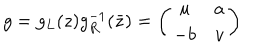
g = g _ { L } ( z ) g _ { R } ^ { - 1 } ( \bar { z } ) = \left( \begin{array} { c c } { { u } } & { { a } } \\ { { - b } } & { { v } } \\ \end{array} \right)